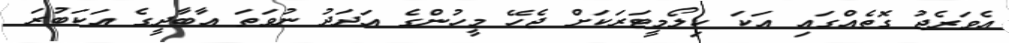
އެވަރެޖު ގޮތެއްގައި އަކަ ކިލޯމީޓަރަކަށް ޖެހޭ މީހުންގެ އަދަދު ނުވަތަ އާބާދީގެ އަކަބުރަ